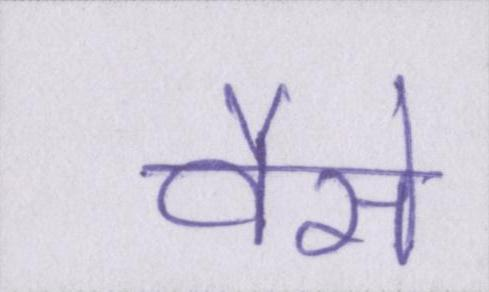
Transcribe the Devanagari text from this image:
वैसे